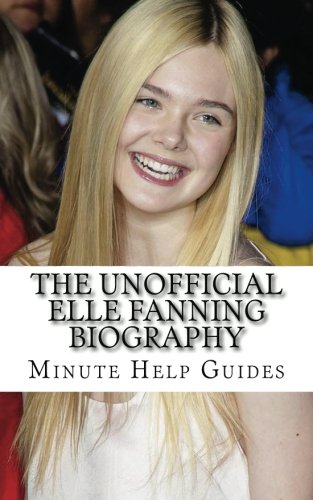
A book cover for The Unofficial Elle Fanning Biography; Minute Help Guides; Teen & Young Adult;